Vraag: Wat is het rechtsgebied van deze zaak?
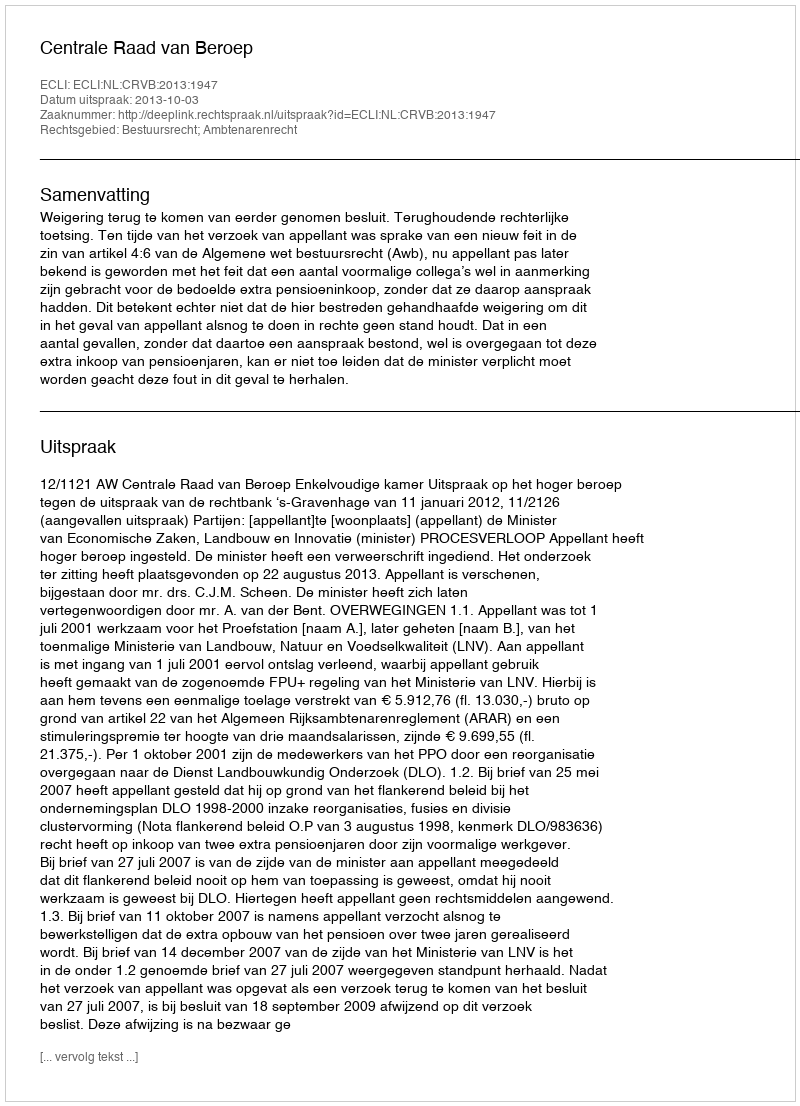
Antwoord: Bestuursrecht; Ambtenarenrecht